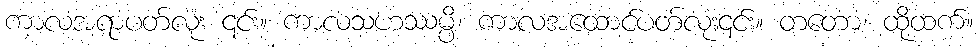
ကာလအရာပတ်လုံး ၎င်း။ ကာလသဟဿမ္ပိ၊ ကာလအထောင်ပတ်လုံး၎င်း။ တတော၊ ထိုထက်။